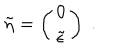
\tilde { \eta } = \left( \begin{array} { c } { { 0 } } \\ { { \tilde { \epsilon } } } \\ \end{array} \right) ~ .